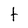
Character: t